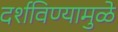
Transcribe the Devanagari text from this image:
दर्शविण्यामुळे